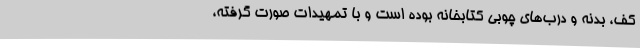
کف، بدنه و درب‌های چوبی کتابخانه بوده است و با تمهیدات صورت گرفته،